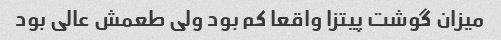
میزان گوشت پیتزا واقعا کم بود ولی طعمش عالی بود